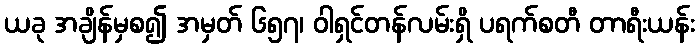
ယခု အချိန်မှစ၍ အမှတ် ၆၅၇၊ ဝါရှင်တန်လမ်းရှိ ပရက်စတီ တာရီးယန်း